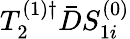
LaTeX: T_{2}^{(1)\dagger}\bar{D}S_{1i}^{(0)}